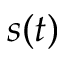
s ( t )